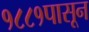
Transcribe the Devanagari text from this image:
१८८१पासून